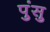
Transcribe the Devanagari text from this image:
पुंसु